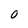
Character: 0